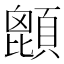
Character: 𩔙